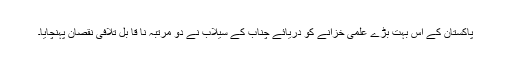
پاکستان کے اس بہت بڑے علمی خزانے کو دریائے چناب کے سیلاب نے دو مرتبہ نا قا بل تلافی نقصان پہنچایا۔